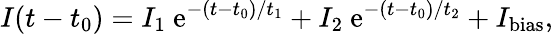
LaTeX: I(t-t_{0})=I_{1}\ \mathrm{e}^{-(t-t_{0})/t_{1}}+I_{2}\ \mathrm{e}^{-(t-t_{0})/t_{2}}+I_{\textrm{{bias}}},